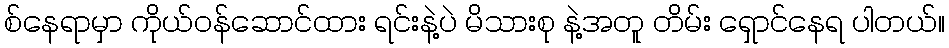
စ်နေရာမှာ ကိုယ်ဝန်ဆောင်ထား ရင်းနဲ့ပဲ မိသားစု နဲ့အတူ တိမ်း ရှောင်နေရ ပါတယ်။